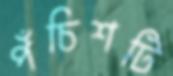
পঁচিশটি